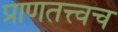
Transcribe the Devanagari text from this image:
प्राणतत्त्वच